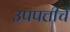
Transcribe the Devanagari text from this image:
उपपत्तीचे